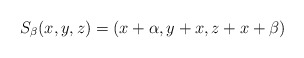
\begin{align*}S_\beta(x,y,z) = (x + \alpha, y + x, z + x+\beta)\end{align*}